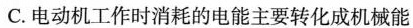
C.电动机工作时消耗的电能主要转化成机械能